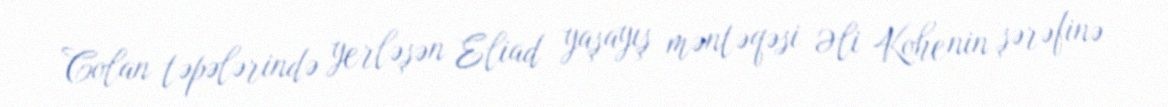
Colan təpələrində yerləşən Eliad yaşayış məntəqəsi Əli Kohenin şərəfinə